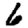
Digit: 6